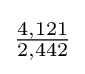
{\tfrac {4,121}{2,442}}